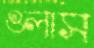
গুলাস